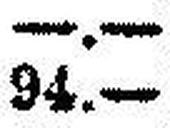
94.—